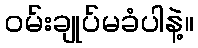
ဝမ်းချုပ်မခံပါနဲ့။